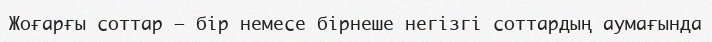
Жоғарғы соттар – бір немесе бірнеше негізгі соттардың аумағында